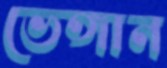
ভেঙ্গান